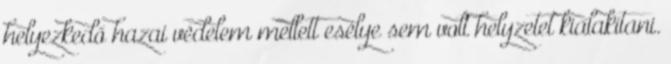
helyezkedő hazai védelem mellett esélye sem volt helyzetet kialakítani.